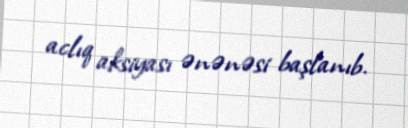
aclıq aksiyası ənənəsi başlanıb.